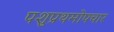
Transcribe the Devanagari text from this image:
पशुप्रथमोपचार